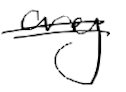
Text: any
Cross-out: double-line
Writing tool: digital_black